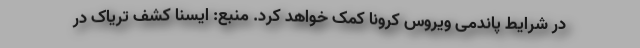
در شرایط پاندمی ویروس کرونا کمک خواهد کرد. منبع: ایسنا کشف تریاک در